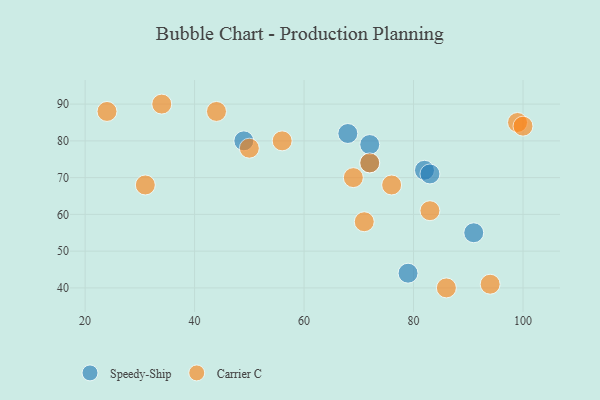
{"axis": {"x": "GDP", "y": "Life Expectancy"}, "legend": ["Carrier C", "Speedy-Ship"], "data": [{"x": "91", "y": 55, "type": "Speedy-Ship"}, {"x": "49", "y": 80, "type": "Speedy-Ship"}, {"x": "72", "y": 74, "type": "Speedy-Ship"}, {"x": "68", "y": 82, "type": "Speedy-Ship"}, {"x": "82", "y": 72, "type": "Speedy-Ship"}, {"x": "83", "y": 71, "type": "Speedy-Ship"}, {"x": "72", "y": 79, "type": "Speedy-Ship"}, {"x": "79", "y": 44, "type": "Speedy-Ship"}, {"x": "99", "y": 85, "type": "Carrier C"}, {"x": "69", "y": 70, "type": "Carrier C"}, {"x": "86", "y": 40, "type": "Carrier C"}, {"x": "94", "y": 41, "type": "Carrier C"}, {"x": "100", "y": 84, "type": "Carrier C"}, {"x": "71", "y": 58, "type": "Carrier C"}, {"x": "56", "y": 80, "type": "Carrier C"}, {"x": "44", "y": 88, "type": "Carrier C"}, {"x": "76", "y": 68, "type": "Carrier C"}, {"x": "83", "y": 61, "type": "Carrier C"}, {"x": "24", "y": 88, "type": "Carrier C"}, {"x": "34", "y": 90, "type": "Carrier C"}, {"x": "31", "y": 68, "type": "Carrier C"}, {"x": "50", "y": 78, "type": "Carrier C"}, {"x": "72", "y": 74, "type": "Carrier C"}]}